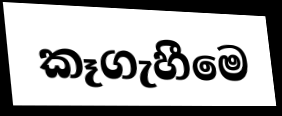
කෑගැහීමෙ